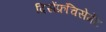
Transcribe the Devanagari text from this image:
दिसेंफ्रंचिसेमेंट